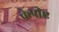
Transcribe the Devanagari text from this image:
केपीए